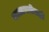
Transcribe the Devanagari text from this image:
कालावधीसही